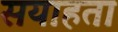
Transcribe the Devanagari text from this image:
सयाहता